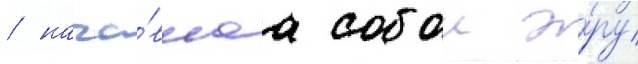
/ нача́вшаа собои э́ру